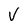
Character: V